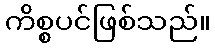
ကိစ္စပင်ဖြစ်သည်။